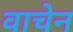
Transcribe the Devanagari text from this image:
वाचेन